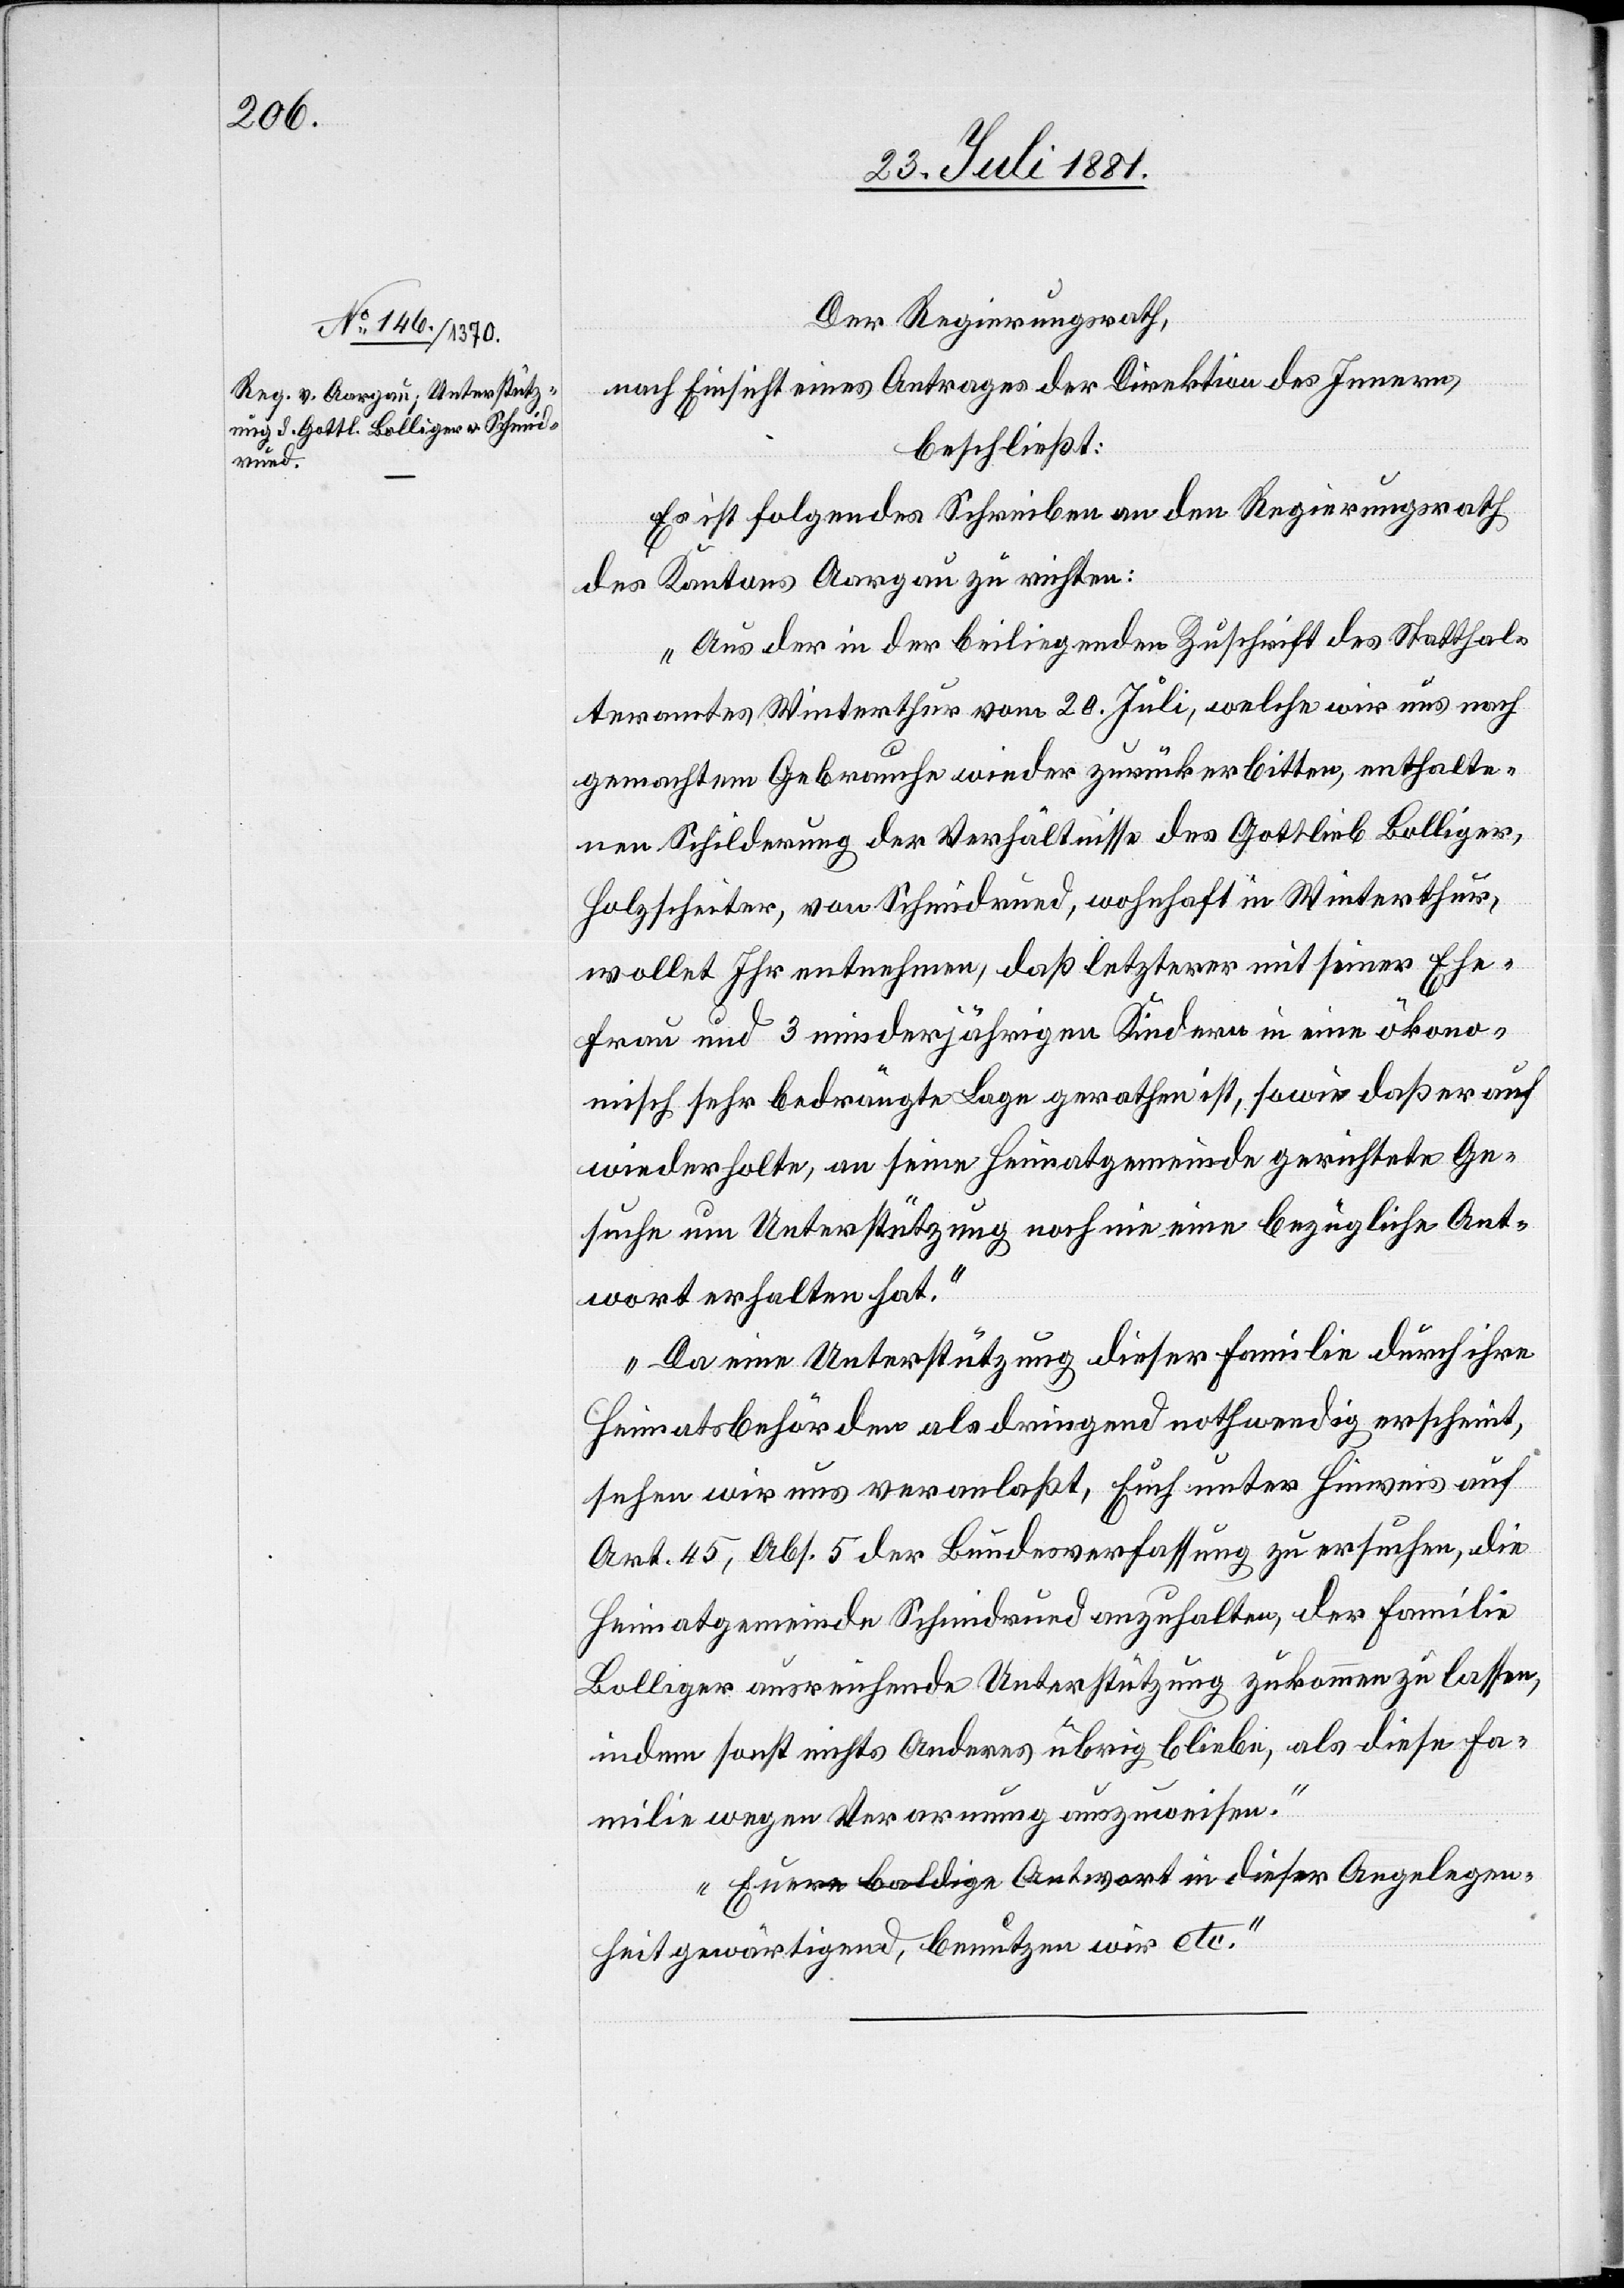
Der Regierungsrath,
nach Einsicht eines Antrages der Direktion des Innern,
beschließt:
Es ist folgendes Schreiben an den Regierungsrath
des Kantons Aargau zu richten:
„Aus der in der beiliegenden Zuschrift des Statthal¬
teramtes Winterthur vom 20. Juli, welche wir uns nach
gemachtem Gebrauche wieder zurückerbitten, enthalte¬
nen Schilderung der Verhältnisse des Gottlieb Bollinger,
Holzscheiter, von Schmidrued, wohnhaft in Winterthur,
wollet Ihr entnehmen, daß letzterer mit seiner Ehe¬
frau und 3 minderjährigen Kindern in eine ökono¬
misch sehr bedrängte Lage gerathen ist, sowie daß er auf
wiederholte, an seine Heimatgemeinde gerichtete Ge¬
suche um Unterstützung noch nie eine bezügliche Ant¬
wort erhalten hat.
Da eine Unterstützung dieser Familie durch ihre
Heimatbehörde als dringend nothwendig erscheint,
sehen wir uns veranlaßt, Euch unter Hinweis auf
Art. 45, Abs. 5 der Bundesverfassung zu ersuchen, die
Heimatgemeinde Schmidrued anzuhalten, der Familie
Bollinger ausreichende Unterstützung zukommen zu lassen,
indem sonst nichts Anderes übrig bliebe, als diese Fa¬
milie wegen Verarmung auszuweisen.
Euere baldige Antwort in dieser Angelegen¬
heit gewärtigend, benutzen wir etc.“